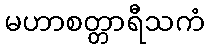
မဟာစတ္တာရီသကံ